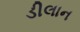
ડીલાન